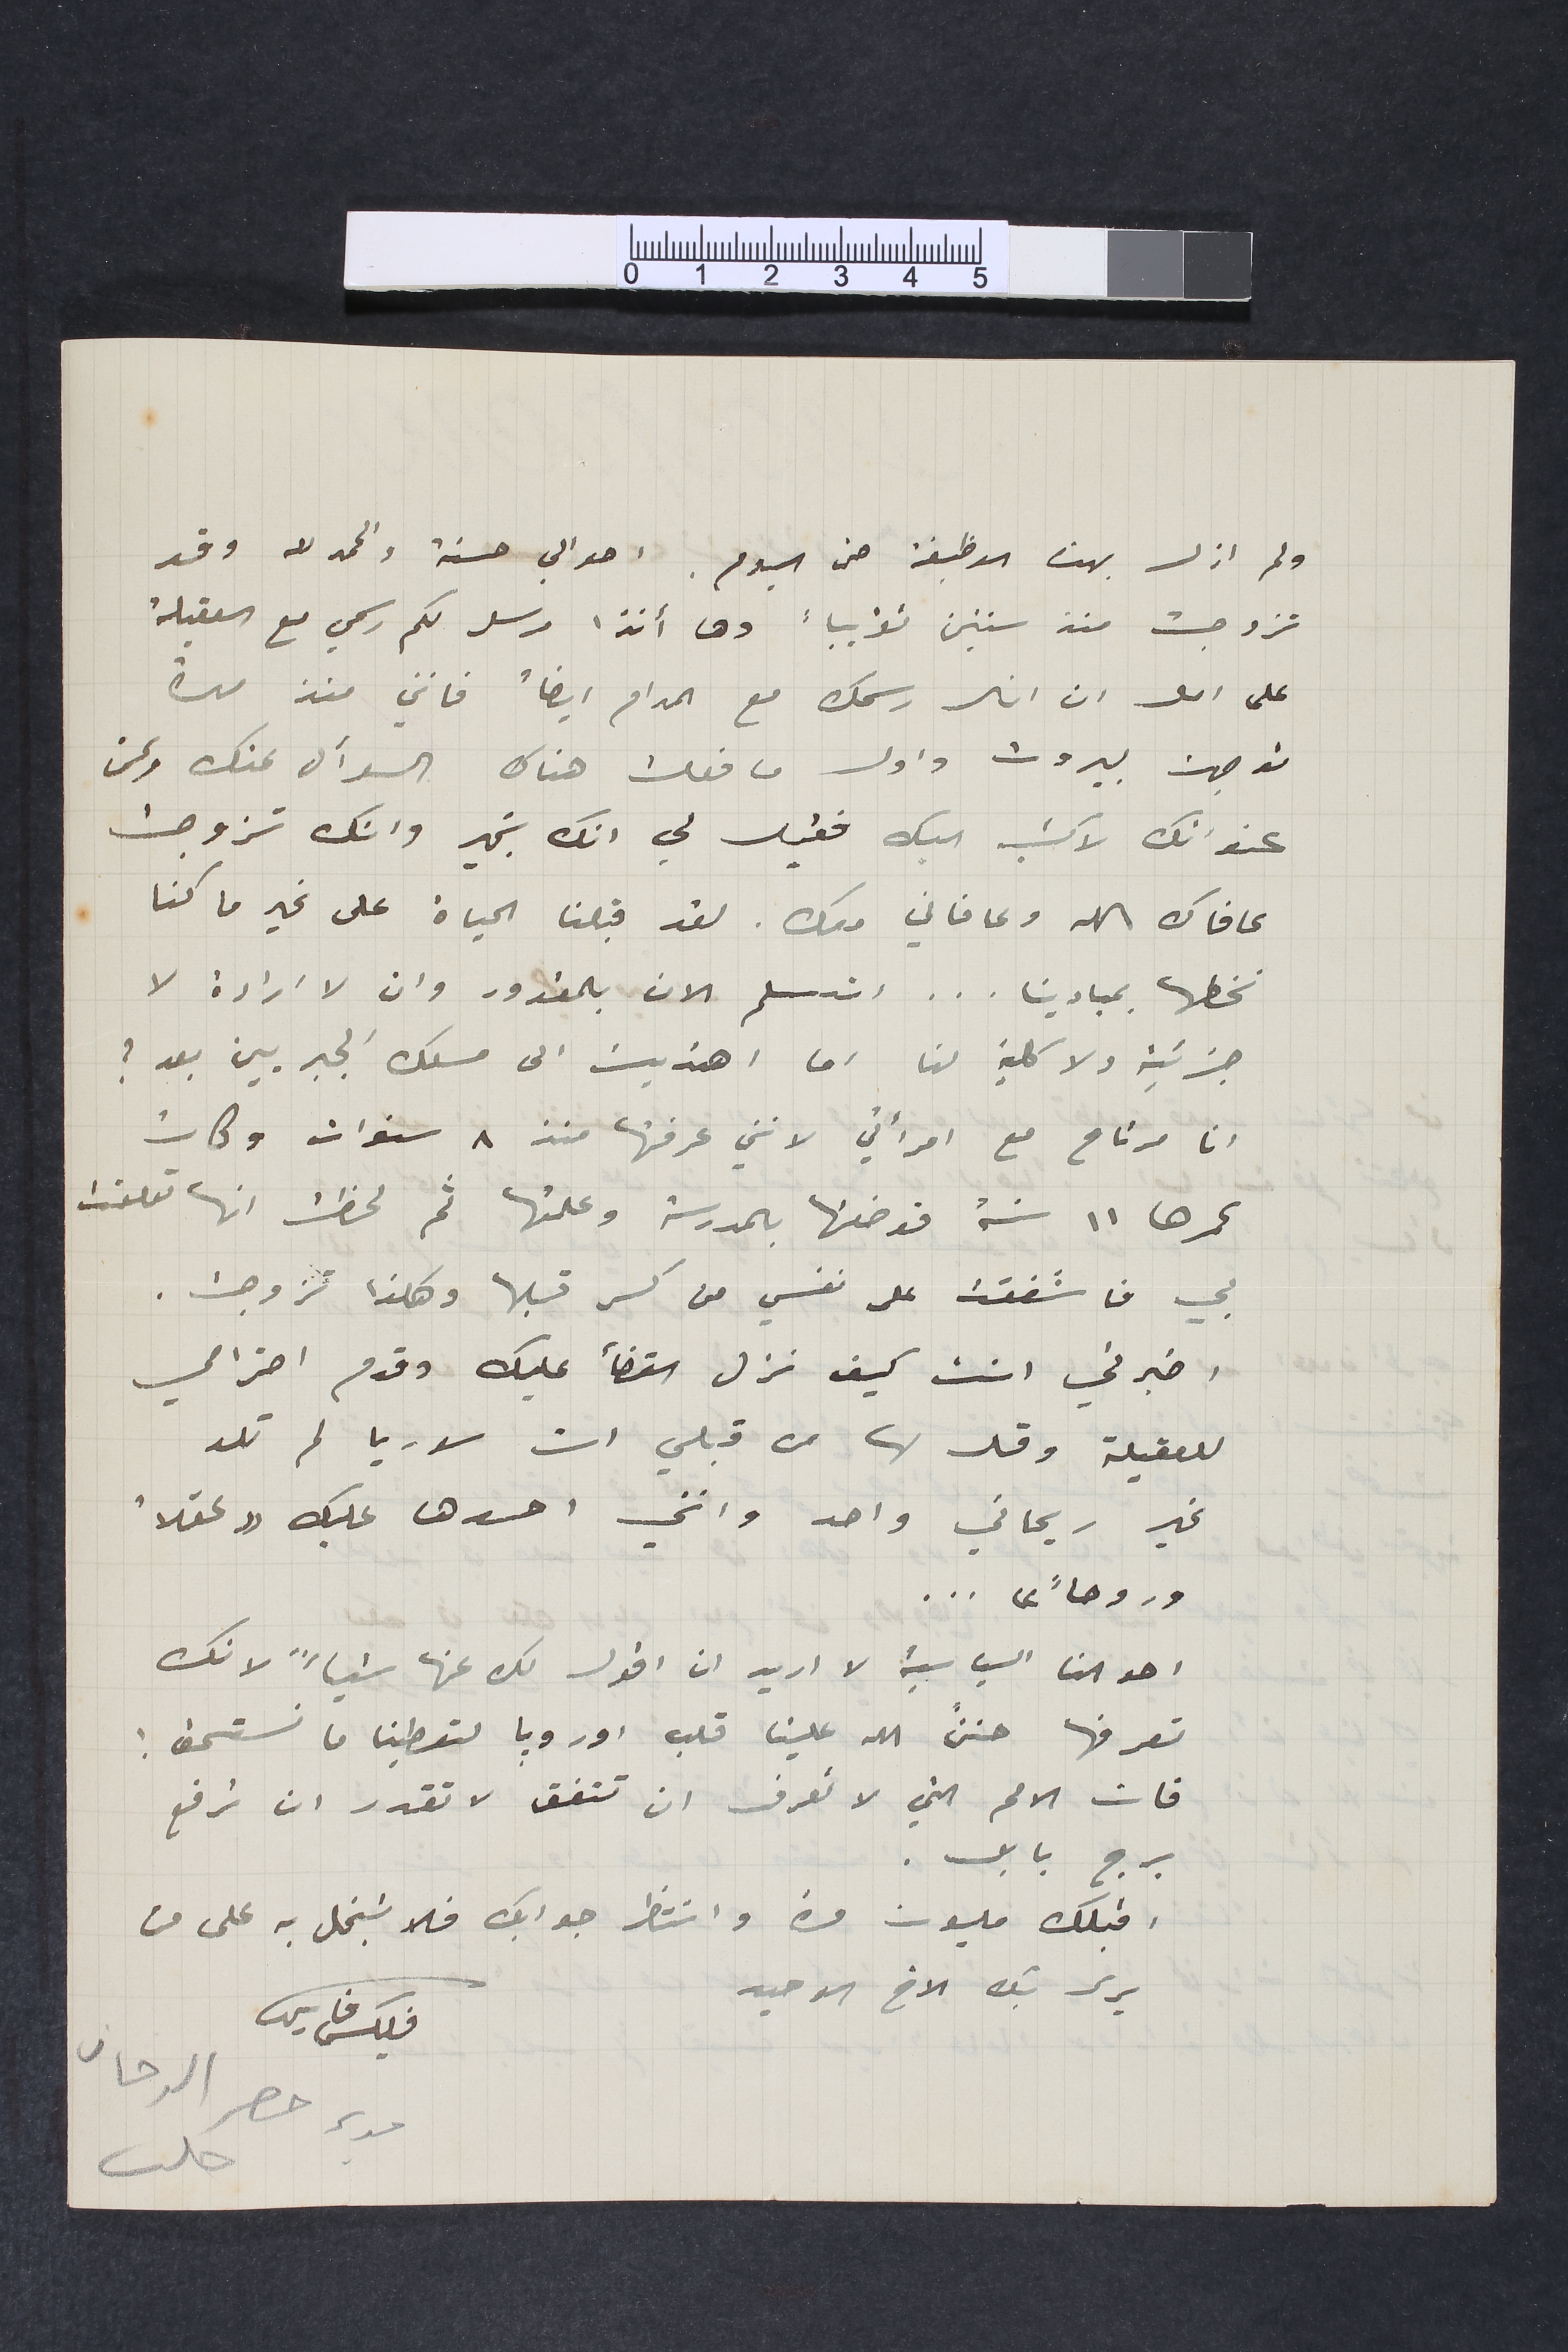
ولم ازل بهذه الوظيفة حتى اليوم. احوالي حسنة والحمدلله وقد
تزوجت منذ سنتين تقريباً وها أنذا مرسل لكم رسمي مع العقيلة
على امل ان ارى رسمك مع المدام ايضا ً فانني منذ مدة
توجهت لبيروت واول ما فعلت هناك السؤال عنك وعن
عنوانك لاكتب اليك فقيل لي انك بخير وانك تزوجت
عافاك الله وعافاني معك. لقد قبلنا الحياة على غير ما كنا
نخطها بمبادينا... استسلم الان بالمقدور وان لا ارادة لا
جزئية ولا كلية لنا اما اهتديت الى مسلك الجبريين بعد؟
انا مرتاح مع امرأتي لانني عرفتها من ٨ سنوات وكانت
عمرها ١١ سنة فوضعتها بالمدرسة وعلمتها ثم لحظت انها تعلقت
بي فاشفقت على نفسي من كسر قلبها وهكذا تزوجت.
اخبرني انت كيف نزل القضأ عليك وقدم احترامي
للعقيلة وقل لها من قبلي ان سوريا لم تلد
غير ريحاني واحد وانني احسدها عليك "عقلاً
وروحاً"...
احوالنا السياسية لا اريد ان اقول لك عنها شياءً لانك
تعرفها حننَّ الله علينا قلب اوروبا لتعطنا ما نستحق!
فان الامم التي لا تعرف ان تتفق لا تقدر ان ترفع
برج بابل.
اقبلك مليون مرة وانتظر جوابك فلا تبخل به على من
يرمى بك الاخ الوحيد
فليكس فارس
مدير حصر الدخان
حلب